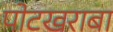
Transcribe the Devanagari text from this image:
पोटखराबा